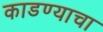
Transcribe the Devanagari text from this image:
काडण्याचा